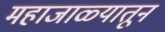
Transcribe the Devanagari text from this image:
महाजाळ्यातून